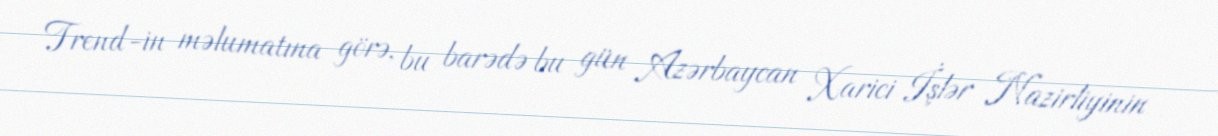
Trend-in məlumatına görə, bu barədə bu gün Azərbaycan Xarici İşlər Nazirliyinin